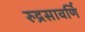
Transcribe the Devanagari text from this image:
रुद्रसावर्णि